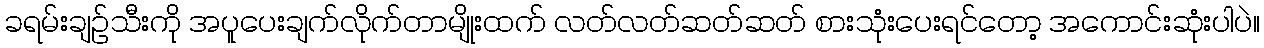
ခရမ်းချဉ်သီးကို အပူပေးချက်လိုက်တာမျိုးထက် လတ်လတ်ဆတ်ဆတ် စားသုံးပေးရင်တော့ အကောင်းဆုံးပါပဲ။